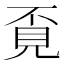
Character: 覔